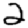
Digit: 2